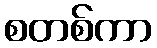
စတစ်ကာ